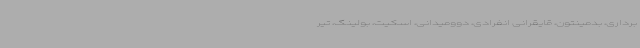
برداری، بدمینتون، قایقرانی انفرادی، دوومیدانی، اسکیت، بولینگ، تیر